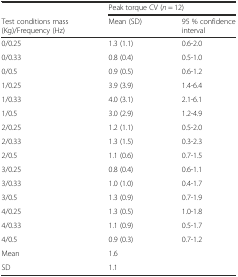
|  | <COLSPAN=2> Peak torque CV (n = 12) |
 | Test conditions mass (Kg)/Frequency (Hz) | Mean (SD) | 95 % confidence interval |
 | --- | --- | --- |
 | 0/0.25 | 1.3 (1.1) | 0.6-2.0 |
 | 0/0.33 | 0.8 (0.4) | 0.5-1.0 |
 | 0/0.5 | 0.9 (0.5) | 0.6-1.2 |
 | 1/0.25 | 3.9 (3.9) | 1.4-6.4 |
 | 1/0.33 | 4.0 (3.1) | 2.1-6.1 |
 | 1/0.5 | 3.0 (2.9) | 1.2-4.9 |
 | 2/0.25 | 1.2 (1.1) | 0.5-2.0 |
 | 2/0.33 | 1.3 (1.5) | 0.3-2.3 |
 | 2/0.5 | 1.1 (0.6) | 0.7-1.5 |
 | 3/0.25 | 0.8 (0.4) | 0.6-1.1 |
 | 3/0.33 | 1.0 (1.0) | 0.4-1.7 |
 | 3/0.5 | 1.3 (0.9) | 0.7-1.9 |
 | 4/0.25 | 1.3 (0.5) | 1.0-1.8 |
 | 4/0.33 | 1.1 (0.9) | 0.5-1.7 |
 | 4/0.5 | 0.9 (0.3) | 0.7-1.2 |
 | Mean | 1.6 | <ROWSPAN=2>  |
 | SD | 1.1 |